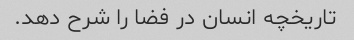
تاریخچه انسان در فضا را شرح دهد.